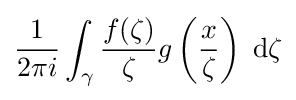
{\frac {1}{2\pi i}}\int _{\gamma }{\frac {f(\zeta )}{\zeta }}g\left({\frac {x}{\zeta }}\right)\;\mathrm {d} \zeta